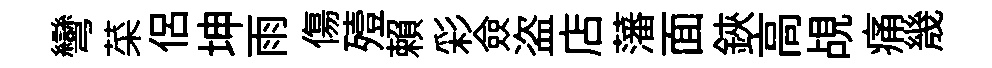
彎菜侶坤雨傷殪賴彩僉盗店藩面鋏高覘痛㡬